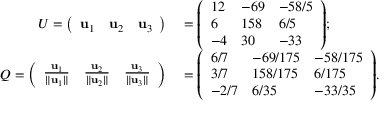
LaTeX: \begin{array} { r l } { U = { \left( \begin{array} { l l l } { \mathbf { u } _ { 1 } } & { \mathbf { u } _ { 2 } } & { \mathbf { u } _ { 3 } } \end{array} \right) } } & { { } = { \left( \begin{array} { l l l } { 1 2 } & { - 6 9 } & { - 5 8 / 5 } \\ { 6 } & { 1 5 8 } & { 6 / 5 } \\ { - 4 } & { 3 0 } & { - 3 3 } \end{array} \right) } ; } \\ { Q = { \left( \begin{array} { l l l } { { \frac { \mathbf { u } _ { 1 } } { \| \mathbf { u } _ { 1 } \| } } } & { { \frac { \mathbf { u } _ { 2 } } { \| \mathbf { u } _ { 2 } \| } } } & { { \frac { \mathbf { u } _ { 3 } } { \| \mathbf { u } _ { 3 } \| } } } \end{array} \right) } } & { { } = { \left( \begin{array} { l l l } { 6 / 7 } & { - 6 9 / 1 7 5 } & { - 5 8 / 1 7 5 } \\ { 3 / 7 } & { 1 5 8 / 1 7 5 } & { 6 / 1 7 5 } \\ { - 2 / 7 } & { 6 / 3 5 } & { - 3 3 / 3 5 } \end{array} \right) } . } \end{array}